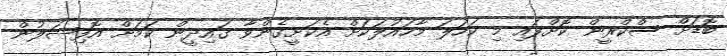
ބޮޑަށް ސްކްރީން ކޮށްފައި މި ކަހަލަ މާހައުލަކަށް އެކަށީގެންވާ ގައިދީން ކަމަށް އޮފިޝަލުން